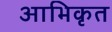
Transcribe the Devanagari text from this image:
आभिकृत